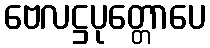
ဗေလဋ္ဌပုတ္တောပေ